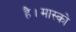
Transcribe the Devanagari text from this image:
है।मास्को